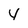
Character: 4